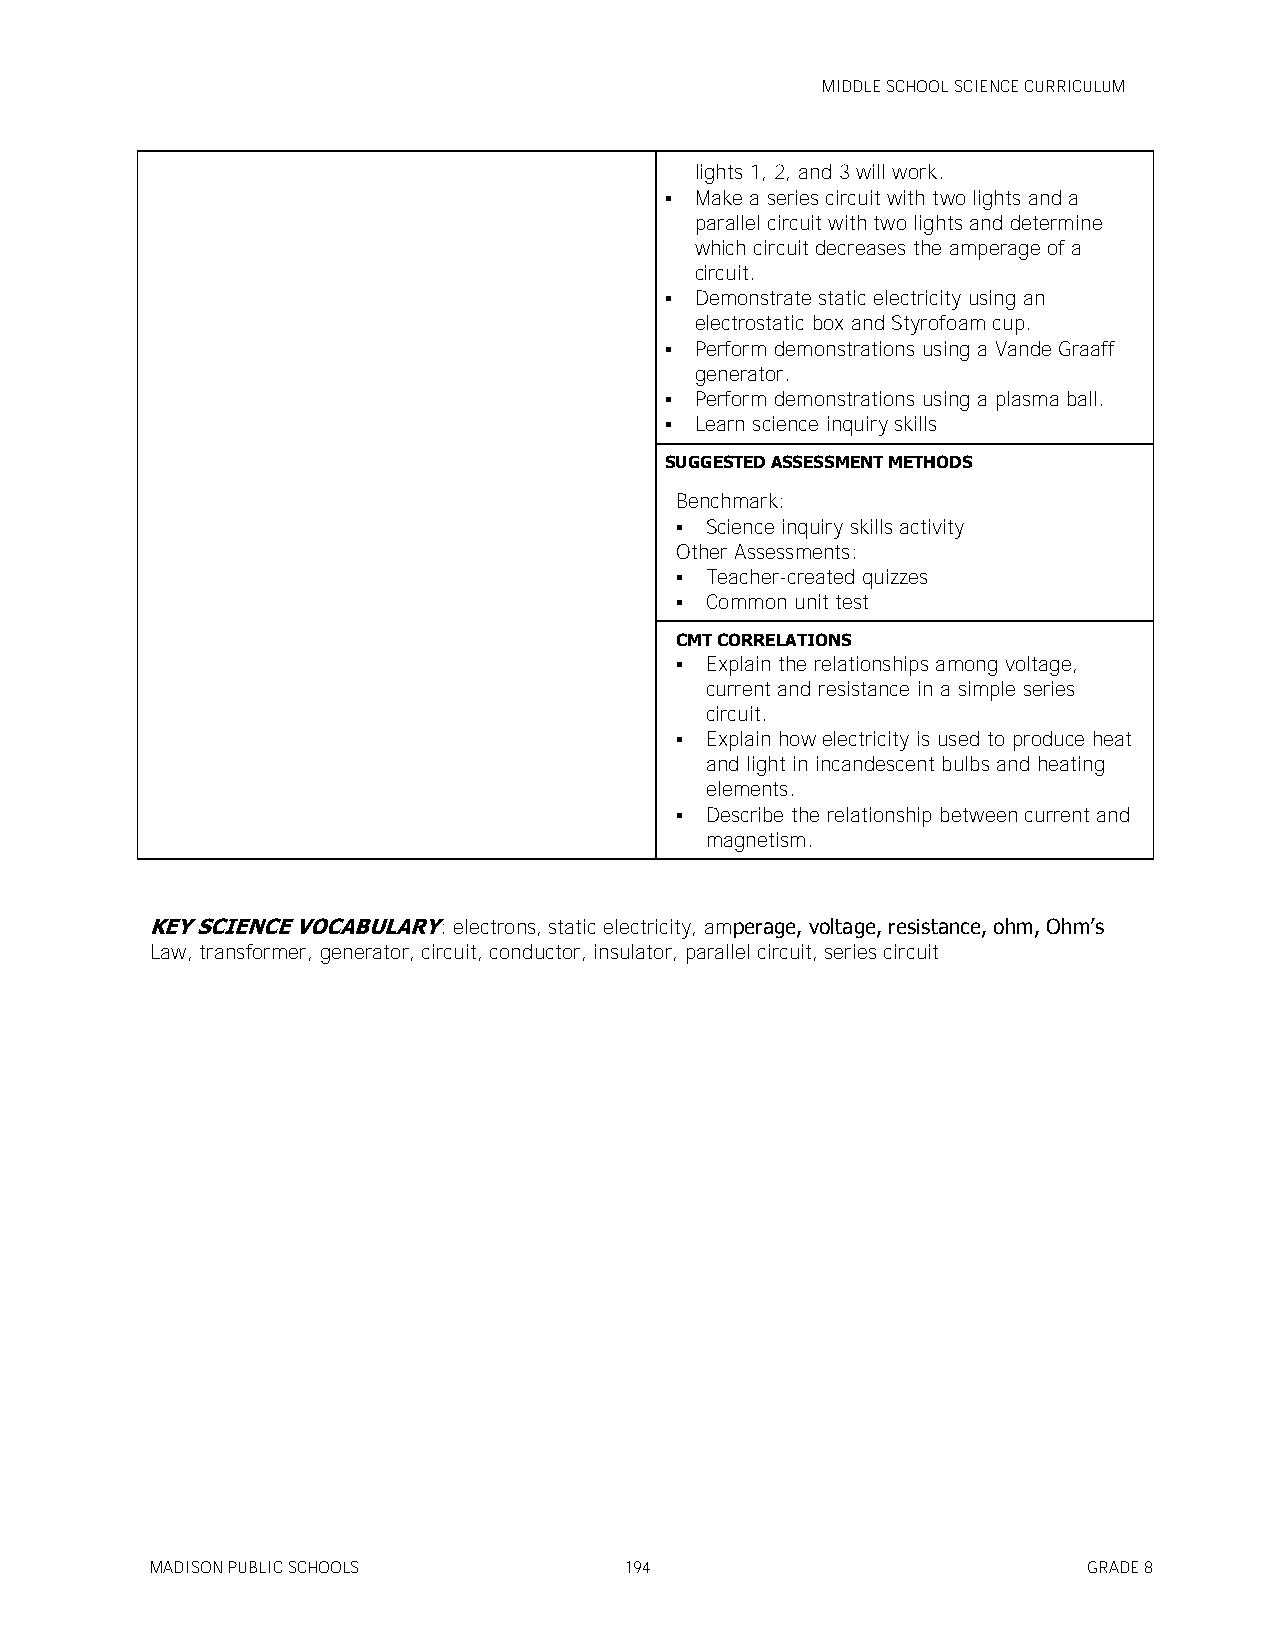
MIDDLE SCHOOL SCIENCE CURRICULUM
 lights 1, 2, and 3 will work.
  Make a series circuit with two lights and a
 parallel circuit with two lights and determine
 which circuit decreases the amperage of a
 circuit.
  Demonstrate static electricity using an
 electrostatic box and Styrofoam cup.
  Perform demonstrations using a Vande Graaff
 generator.
  Perform demonstrations using a plasma ball.
  Learn science inquiry skills
 SUGGESTED ASSESSMENT METHODS
 Benchmark:
  Science inquiry skills activity
 Other Assessments:
  Teacher-created quizzes
  Common unit test
 CMT CORRELATIONS
  Explain the relationships among voltage,
 current and resistance in a simple series
 circuit.
  Explain how electricity is used to produce heat
 and light in incandescent bulbs and heating
 elements.
  Describe the relationship between current and
 magnetism.
 KEY SCIENCE VOCABULARY: electrons, static electricity, amperage, voltage, resistance, ohm, Ohm’s
 Law, transformer, generator, circuit, conductor, insulator, parallel circuit, series circuit
 MADISON PUBLIC SCHOOLS         194                            GRADE 8